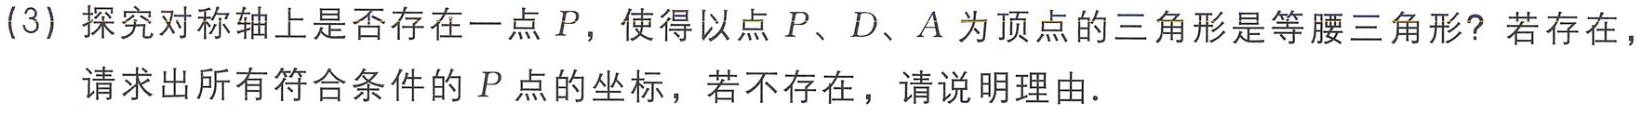
(3) 探究对称轴上是否存在一点 \(P\)，使得以点 \(P\)、\(D\)、\(A\) 为顶点的三角形是等腰三角形？若存在，请求出所有符合条件的 \(P\) 点的坐标，若不存在，请说明理由．